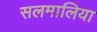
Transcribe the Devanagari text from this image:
सलमालिया